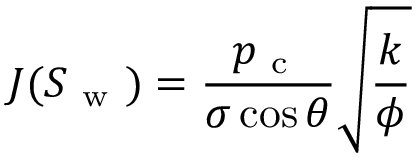
J ( S _ { \mathrm { ~ w ~ } } ) = \frac { p _ { \mathrm { ~ c ~ } } } { \sigma \cos \theta } \sqrt { \frac { k } { \phi } }